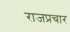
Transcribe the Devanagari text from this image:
राजप्रचार